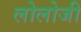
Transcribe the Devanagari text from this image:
लोलोजी